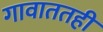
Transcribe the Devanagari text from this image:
गावाततही